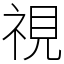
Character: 視